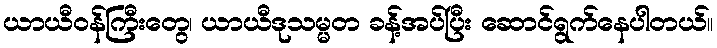
ယာယီဝန်ကြီးတွေ၊ ယာယီဒုသမ္မတ ခန့်အပ်ပြီး ဆောင်ရွက်နေပါတယ်။